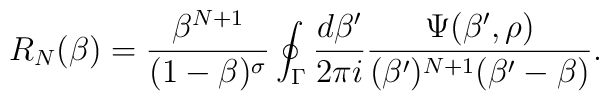
R_N(\beta)={\beta^{N+1}\over(1-\beta)^\sigma}   \oint_\Gamma{d\beta'\over2\pi i}   {\Psi(\beta',\rho)\over(\beta')^{N+1}(\beta'-\beta)}.